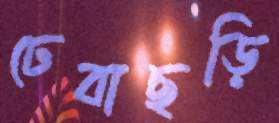
ঢেবাছড়ি